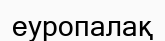
еуропалақ